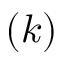
( k )